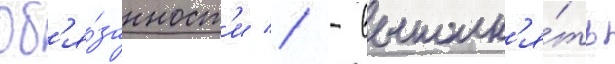
Об'я́занност'и // - выполн'я́ть